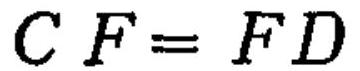
\(CF = FD\)